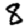
Digit: 8